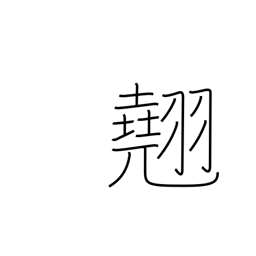
Meaning: excellence